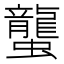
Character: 蠪